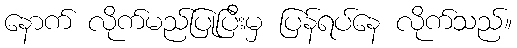
နောက် လိုက်မည်ပြုပြီးမှ ပြန်ရပ်နေ လိုက်သည်။